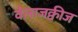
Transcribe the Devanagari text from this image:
वेलाजक्वीज